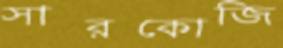
সারকোজি